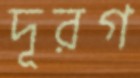
দূরগ